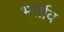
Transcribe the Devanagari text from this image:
भर्ताव